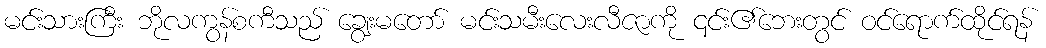
မင်းသားကြီး ဘိုလကွန်စကီသည် ချွေးမတော် မင်းသမီးလေးလီဇာကို ၎င်း၏ဘေးတွင် ဝင်ရောက်ထိုင်ရန်